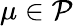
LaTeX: \mu\in\mathcal P